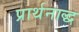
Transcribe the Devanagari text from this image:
प्रार्थनाद्ध